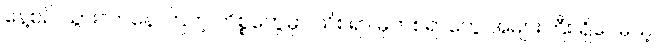
နေ့စဉ် သွားလာနေ ကြတဲ့ ကိစ္စတွေမှာ သိစရာ မှတ်စရာတွေ အများကြီး ရှိပေမယ့်